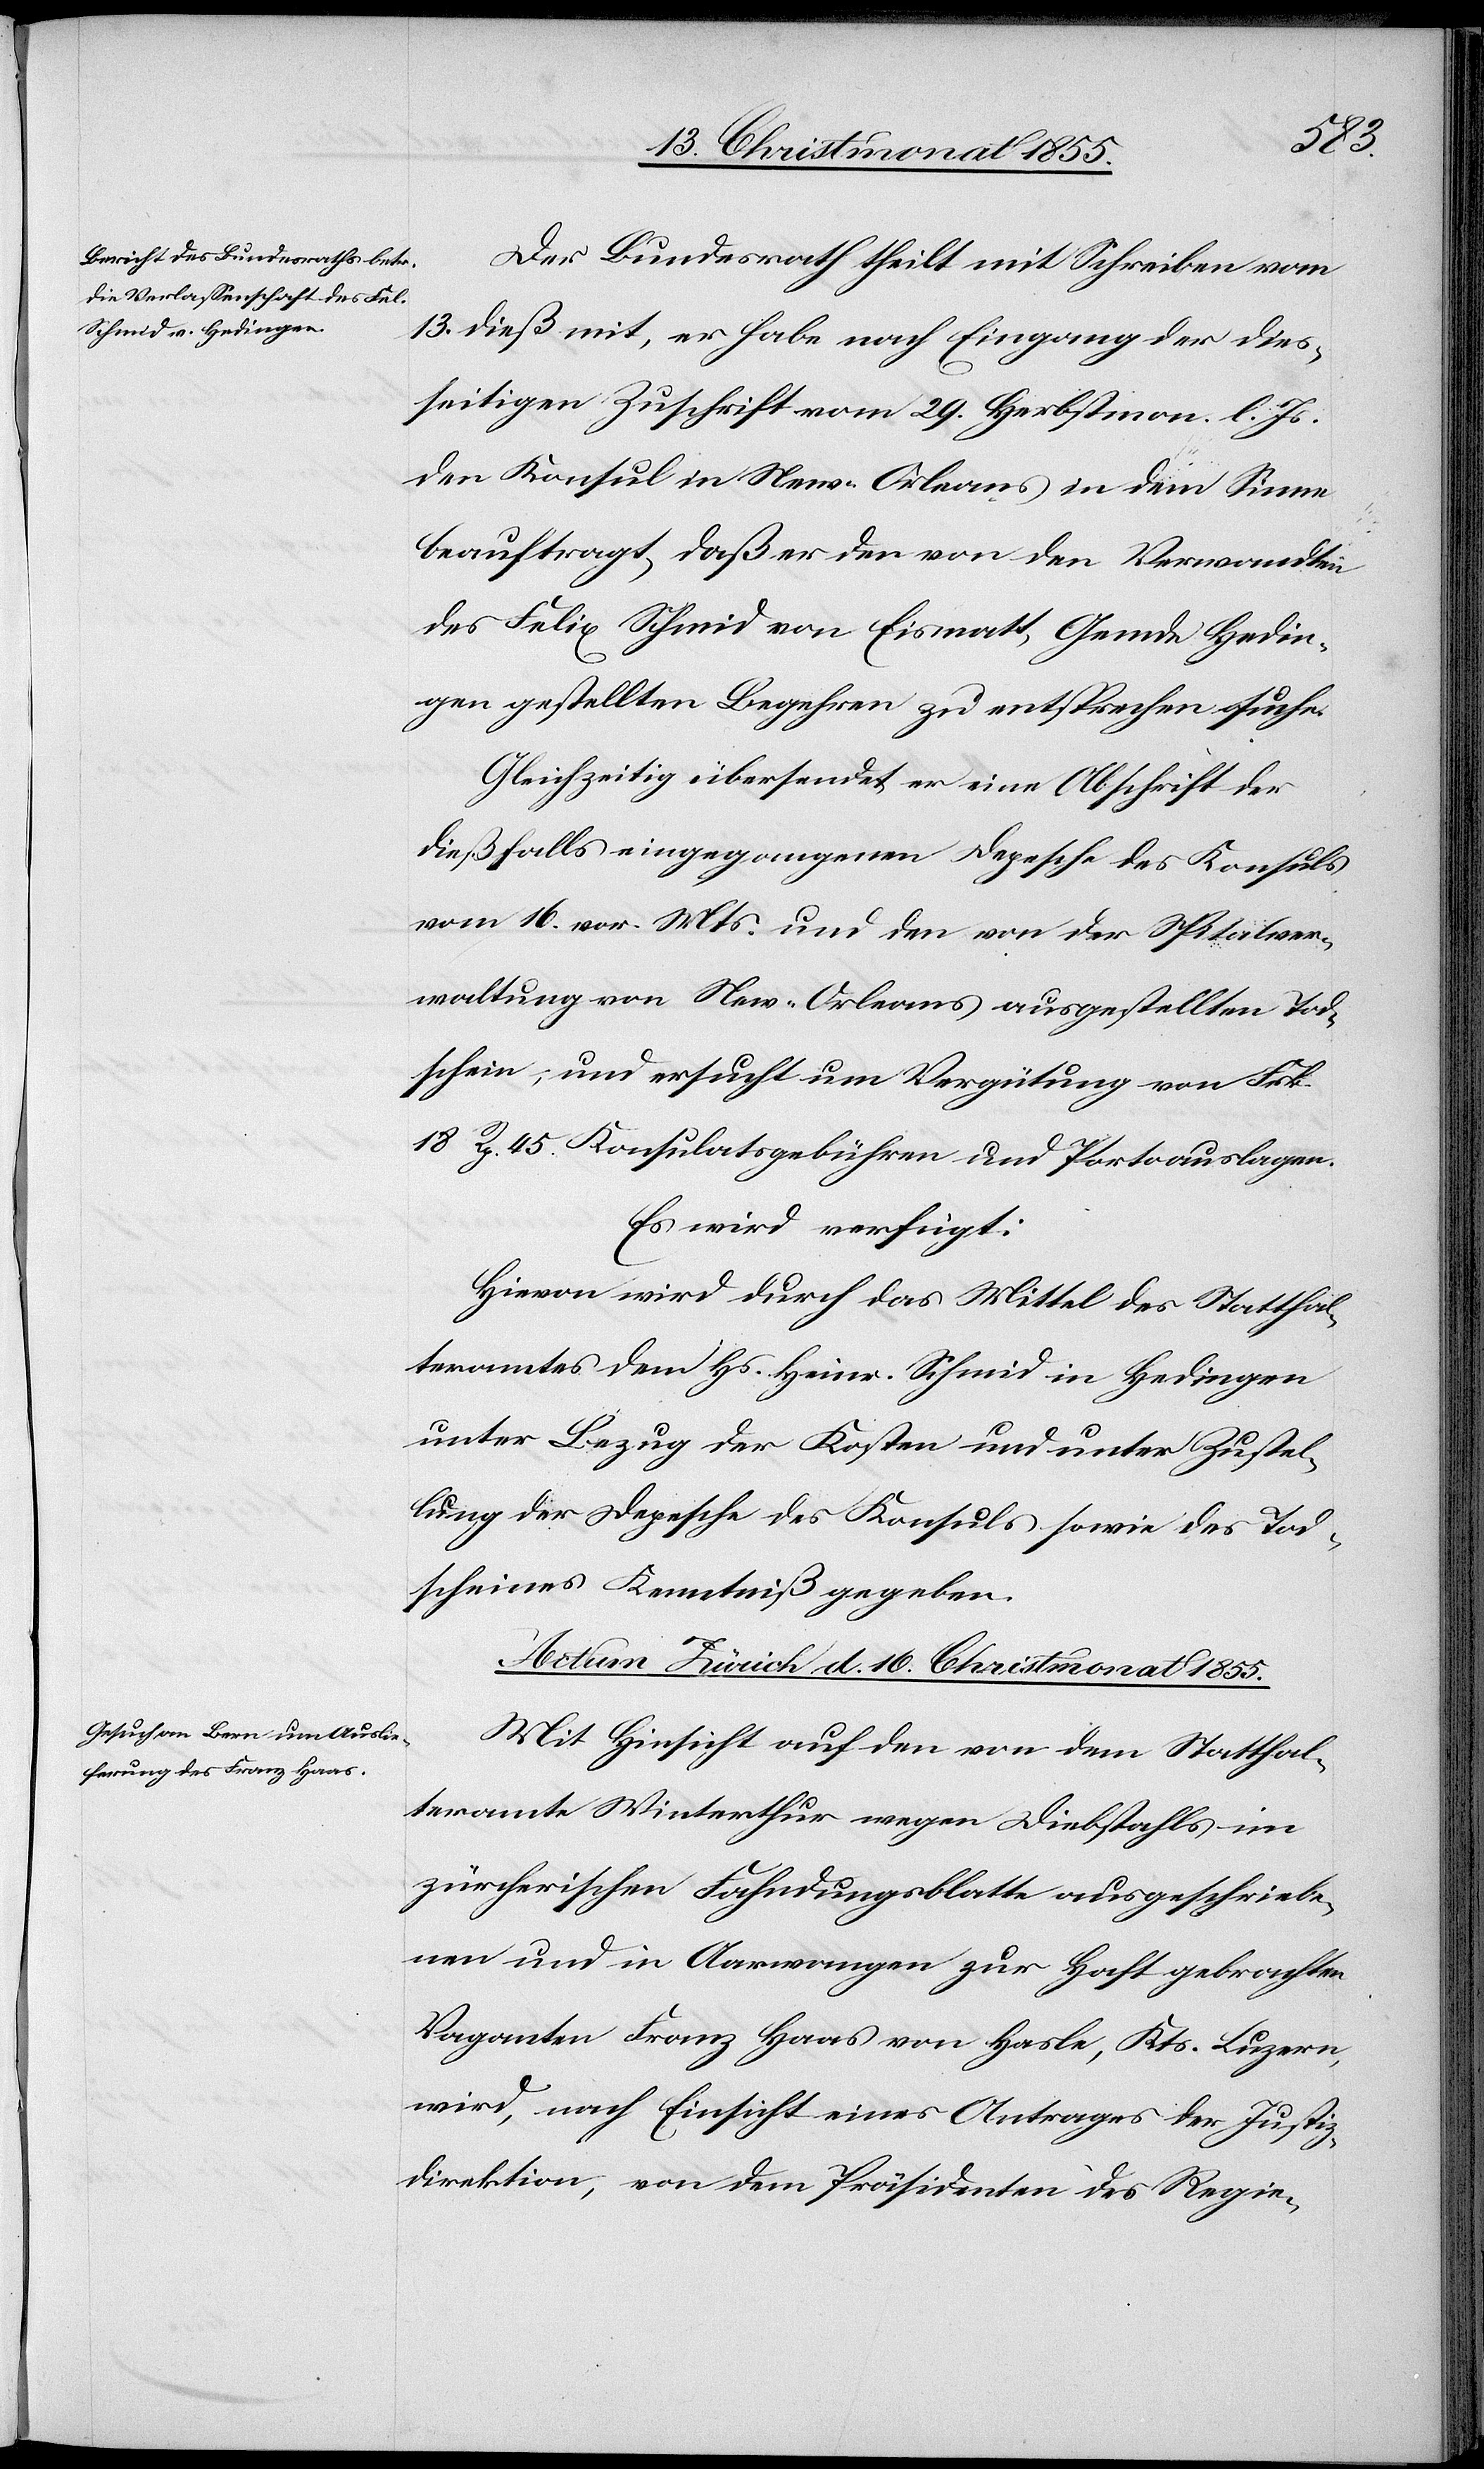
den
15. Christmonat 1855.]
Der Bundesrath theilt mit Schreiben vom
13. dieß mit, er habe nach Eingang der dies¬
seitigen Zuschrift vom 29. Herbstmon. l. Js.
den Konsul in New-Orleans in dem Sinne
beauftragt, daß er den von den Verwandten
des Felix Schmid von Eismatt, Gemde Hedin¬
gen gestellten Begehren zu entsprechen suche.
Gleichzeitig übersendet er eine Abschrift der
dießfalls eingegangenen Depesche des Konsuls
vom 16. vor. Mts. und den von der Spitalver¬
waltung von New-Orleans ausgestellten Tod¬
schein, und ersucht um Vergütung von Frk.
18 Rp. 45. Konsulatsgebühren und Portoauslagen.
Es wird verfügt:
Hievon wird durch das Mittel des Statthal¬
teramtes dem Hs. Heinr. Schmid in Hedingen
unter Bezug der Kosten und unter Zustel¬
lung der Depesche des Konsuls sowie des Tod¬
scheines Kenntniß gegeben.
Actum Zürich d. 16. Christmonat 1855.
Mit Hinsicht auf den von dem Statthal¬
teramte Winterthur wegen Diebstahls im
zürcherischen Fahndungsblatte ausgeschriebe¬
nen und in Aarwangen zur Haft gebrachten
Vaganten Franz Haas von Hasle, Kts. Luzern,
wird, nach Einsicht eines Antrages der Justiz¬
direktion, von dem Präsidenten des Regie-